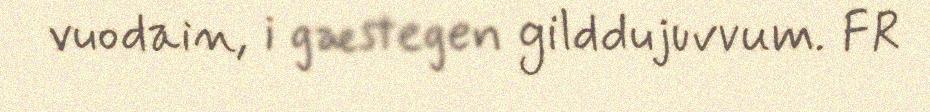
vuodain, i gæstegen gilddujuvvum. FR